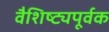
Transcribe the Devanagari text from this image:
वैशिष्ट्यपूर्वक